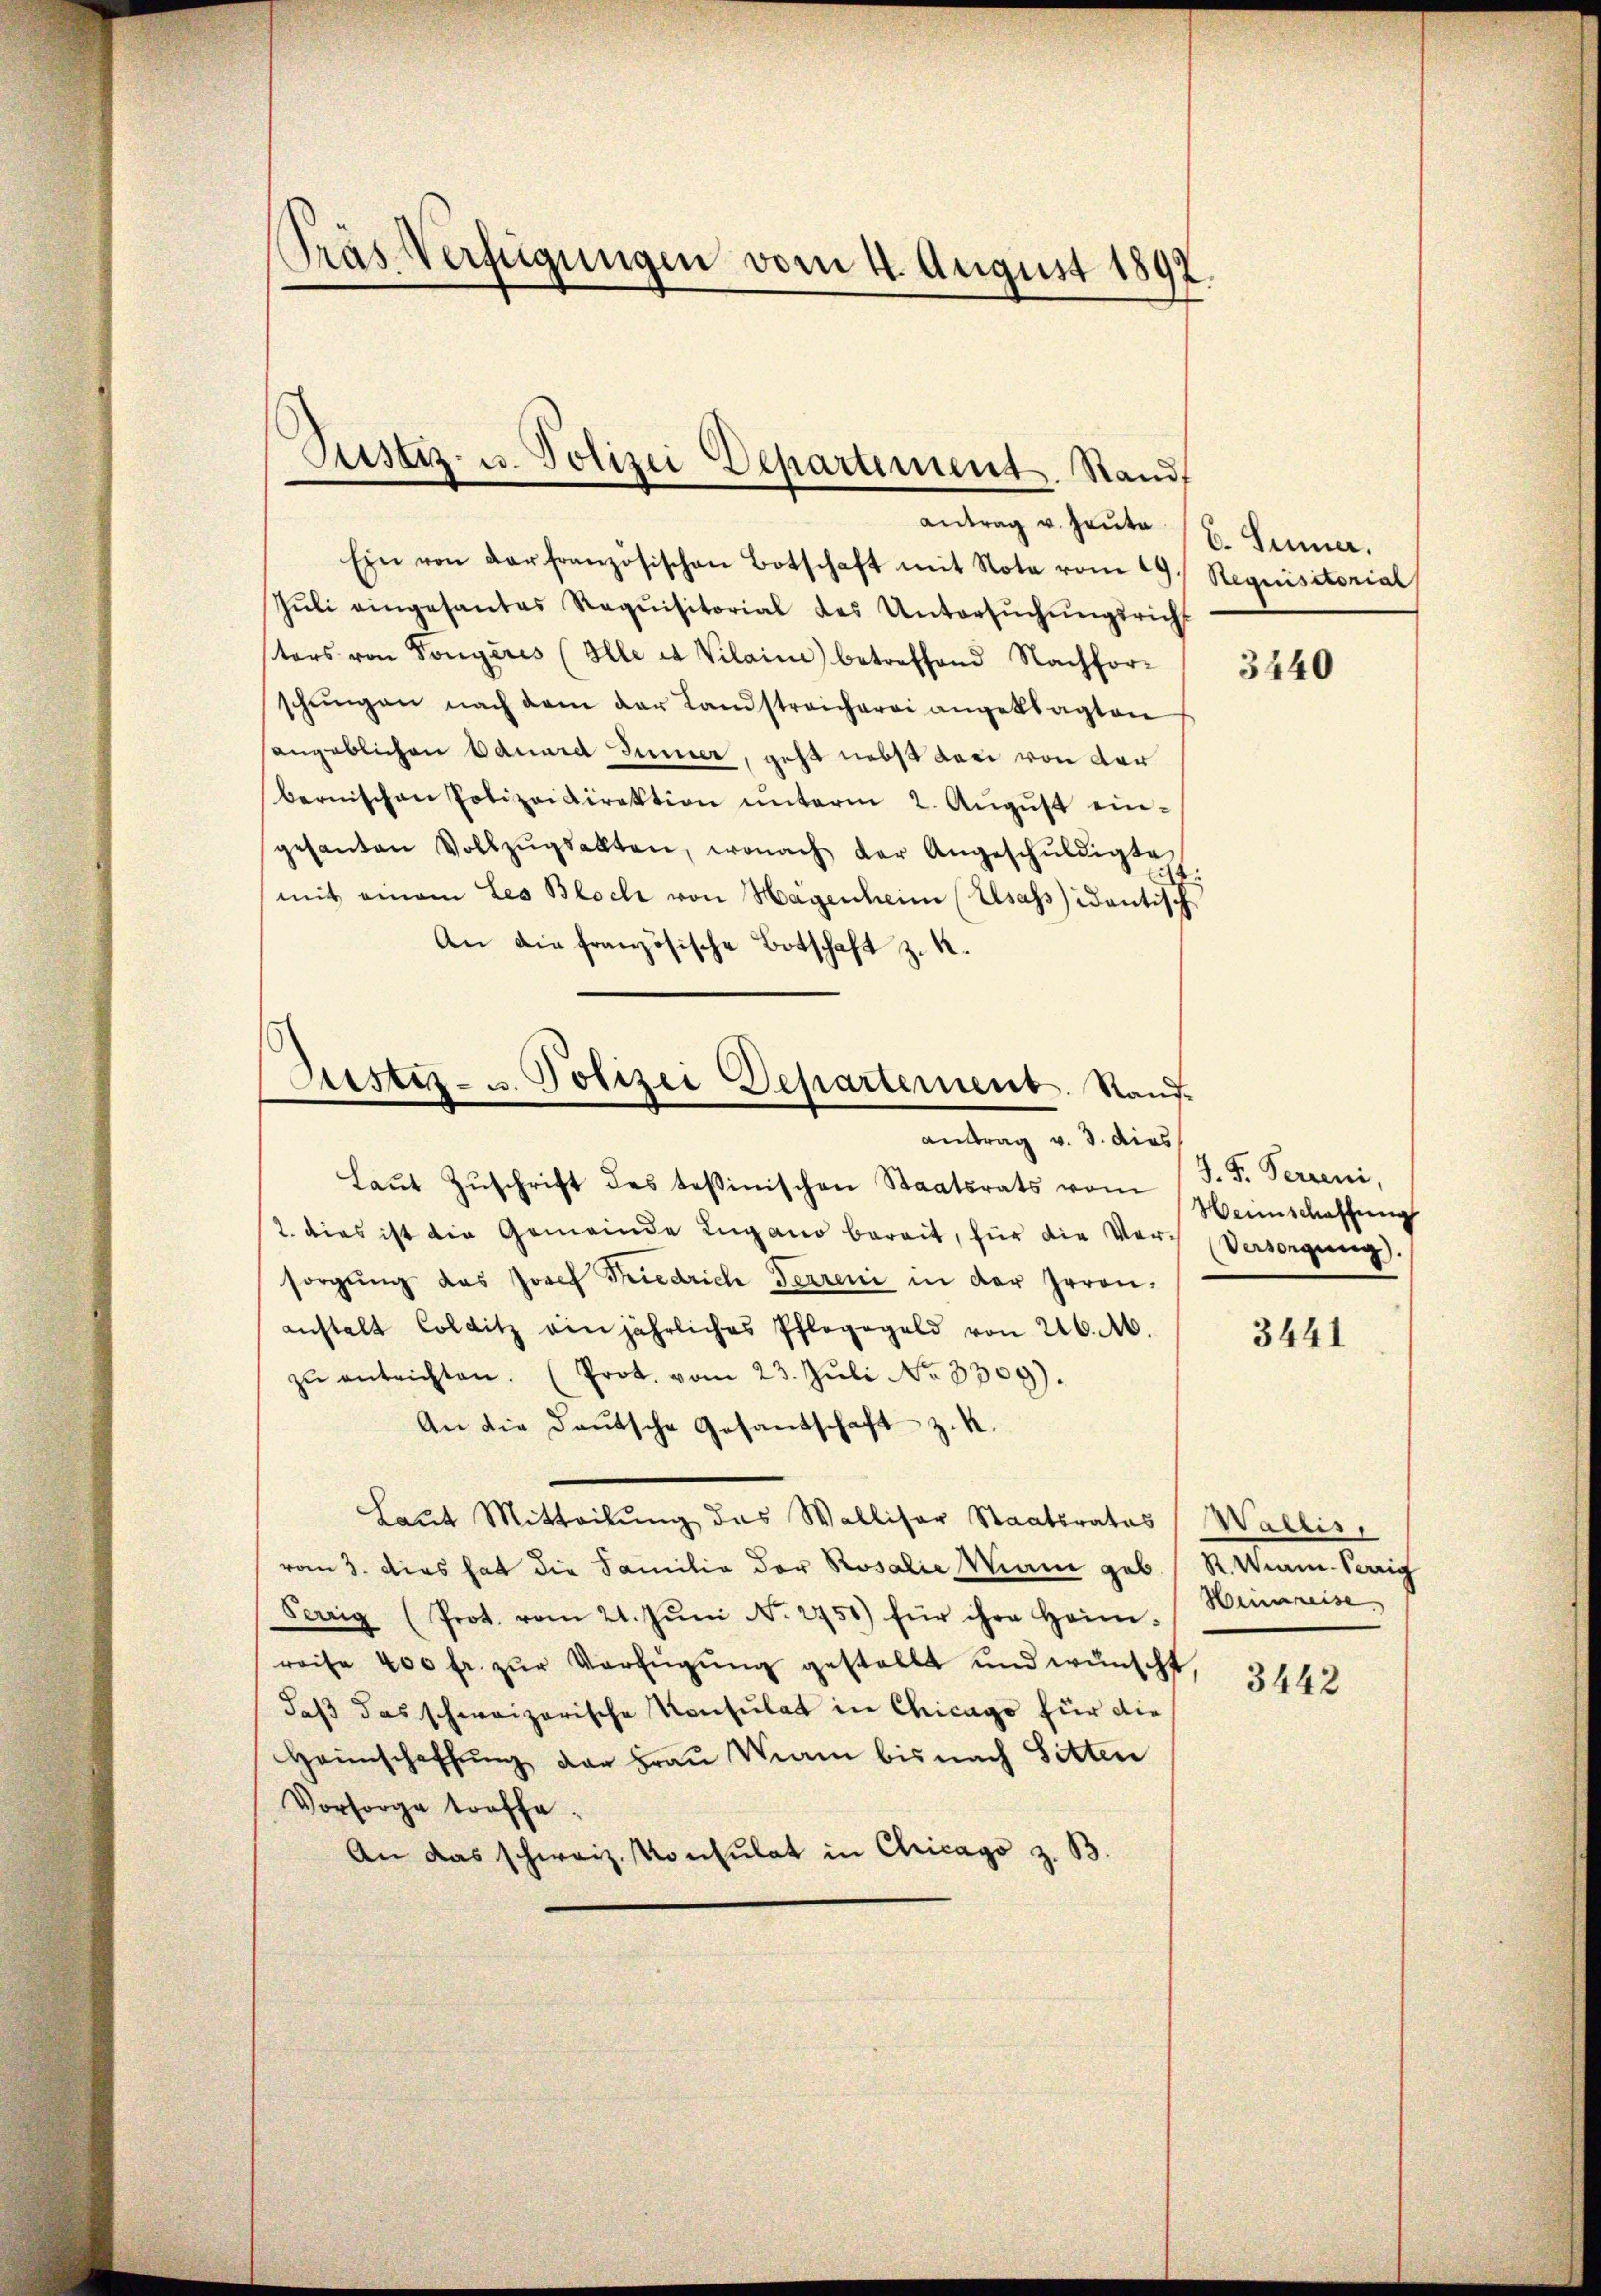
Präs. Verfügungen vom 4. August 1892.

Justiz- u. Polizei Departement. Stand

Ein von der französischen Botschaft mit Note vom 29. Requisitorial
Jŭli eingesantes Requisitorial des Untersŭchŭngsricht
tors von Tongeres (Alle et Vilaine) betreffend Nachfor-
schŭngen nach dem der Landstreicherei angeklagten
angeblichen Eduard Sinner, geht nebst dari von der
bernischen Polizeidirektion ŭnterm 2. Aŭgŭst ein-
gesanten Vollzŭgsalten, wonach der Angeschŭldigte
mit einem Les Bloch von Hagenheim (Elsass) idantisch
An die französische Botschaft z. R.
Laŭt Zŭschrift des testinischen Staatsrats vom J. F. Perreni,
2. dies ist die Gemeinde Lugano bereit, für die Vor Versorgung.
sorgŭng das Josef Friedrich Ferreni in der Irrenanstalt Collitz ein jährliches Pfleggeld von 26. M.
zŭ entrichten. (Prot. vom 23. Jŭli No 3309).
An die Daŭtsche Gesandschaft z. K.
Laut Mitteilung das Walliser Staatsrates (Wallis,
vom 3. Dies hat die Familie der Rosalie Mann geb. R. Wain. Vorrig
Forrig (Prot. vom 21. Jŭni No. 2751) für ihre Heim-
reise 400 fr. zur Verfügung gestellt und wünscht
daß das schweizerische Konsulat in Chicago für die
Haunschaffung der Frau Mann bis nach Sitten
Vorsorge troffe¬
An das schweiz. Konsulat in Chicago z. B.

Justiz- u. Polizei Departement. Raud.
antrag v. 3. dies

antrag u. Heute u. Sinner.

3440

Wennschaffung

3441

Heinreise

3442